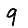
Digit: 9